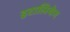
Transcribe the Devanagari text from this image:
इटालियेन